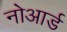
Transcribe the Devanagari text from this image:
नोआर्ड